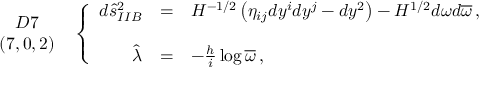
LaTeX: \begin{array} { c } { { D 7 } } \\ { { ( 7 , 0 , 2 ) } } \end{array} \, \, \, \left\{ \begin{array} { r c l } { { d \hat { s } _ { I I B } ^ { 2 } } } & { { = } } & { { H ^ { - 1 / 2 } \left( \eta _ { i j } d y ^ { i } d y ^ { j } - d y ^ { 2 } \right) - H ^ { 1 / 2 } d \omega d \overline { { { \omega } } } \, , } } \\ { { } } & { { } } & { { } } \\ { { \hat { \lambda } } } & { { = } } & { { - \frac { h } { i } \log { \overline { { { \omega } } } } \, , } } \end{array} \right.